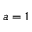
a = 1